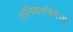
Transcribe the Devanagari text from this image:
तालिबानविरोधी